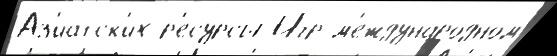
Аз'иа́тск'их р'есу́рсы Игр м'еждунаро́дном